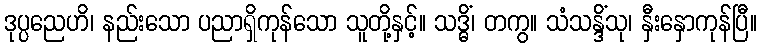
ဒုပ္ပညေဟိ၊ နည်းသော ပညာရှိကုန်သော သူတို့နှင့်။ သဒ္ဓိံ၊ တကွ။ သံသန္ဒိံသု၊ နှီးနှောကုန်ပြီ။